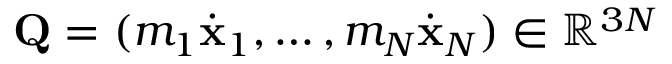
{ \bf Q } = ( m _ { 1 } { \dot { \bf x } } _ { 1 } , \dots , m _ { N } { \dot { \bf x } } _ { N } ) \in \mathbb R ^ { 3 N }